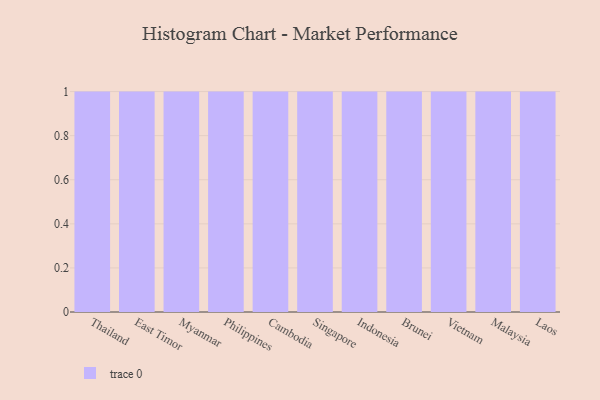
{"axis": {"x": "Country", "y": "Bounce Rate (%)"}, "legend": [""], "data": [{"x": "Thailand", "y": 47, "type": ""}, {"x": "East Timor", "y": 13, "type": ""}, {"x": "Myanmar", "y": 88, "type": ""}, {"x": "Philippines", "y": 52, "type": ""}, {"x": "Cambodia", "y": 92, "type": ""}, {"x": "Singapore", "y": 76, "type": ""}, {"x": "Indonesia", "y": 49, "type": ""}, {"x": "Brunei", "y": 41, "type": ""}, {"x": "Vietnam", "y": 13, "type": ""}, {"x": "Malaysia", "y": 9, "type": ""}, {"x": "Laos", "y": 100, "type": ""}]}